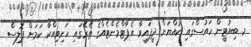
މ. ބިއުޓީން ހައުސްގައި ކުއްޔަށް ދީފައިވާ އެޕާޓްމެންޓެއްގެ ތެރޭގައި ހަށިވިއްކާ ކަމަށް ޕޮލިސް